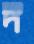
দ